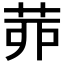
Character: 𦯄